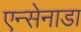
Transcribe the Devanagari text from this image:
एन्सेनाडा